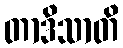
တာဒိသာတိ